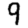
Digit: 9